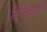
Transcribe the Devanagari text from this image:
क्षितिजापाशी